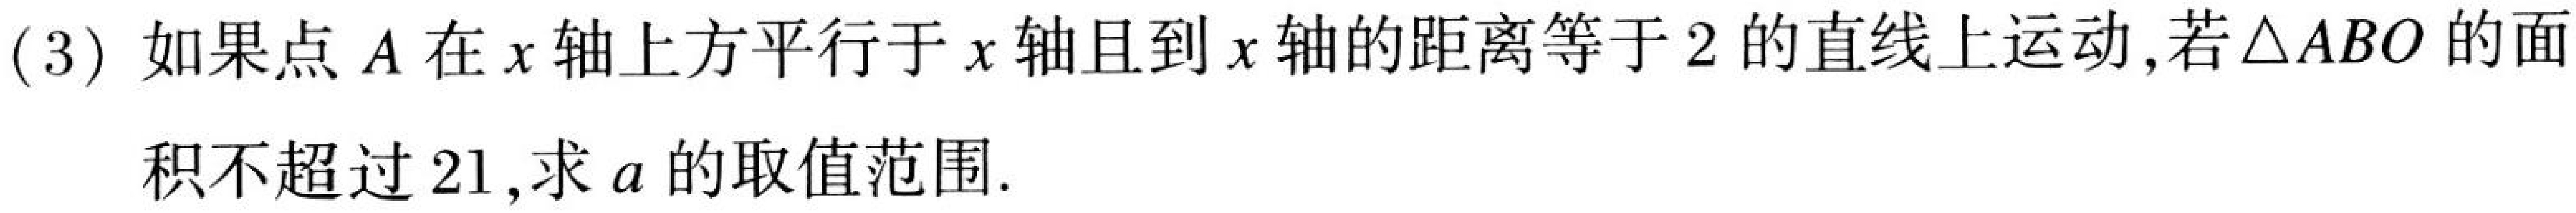
(3) 如果点\(A\)在\(x\)轴上方平行于\(x\)轴且到\(x\)轴的距离等于\(2\)的直线上运动,若\(\triangle ABO\)的面
积不超过\(21\),求\(a\)的取值范围.